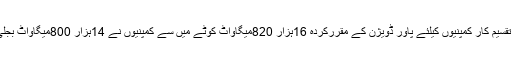
بجلی کی تقسیم کار کمپنیوں کیلئے پاور ڈویژن کے مقررکردہ 16ہزار 820میگاواٹ کوٹے میں سے کمپنیوں نے 14ہزار 800میگاواٹ بجلی خریدی۔